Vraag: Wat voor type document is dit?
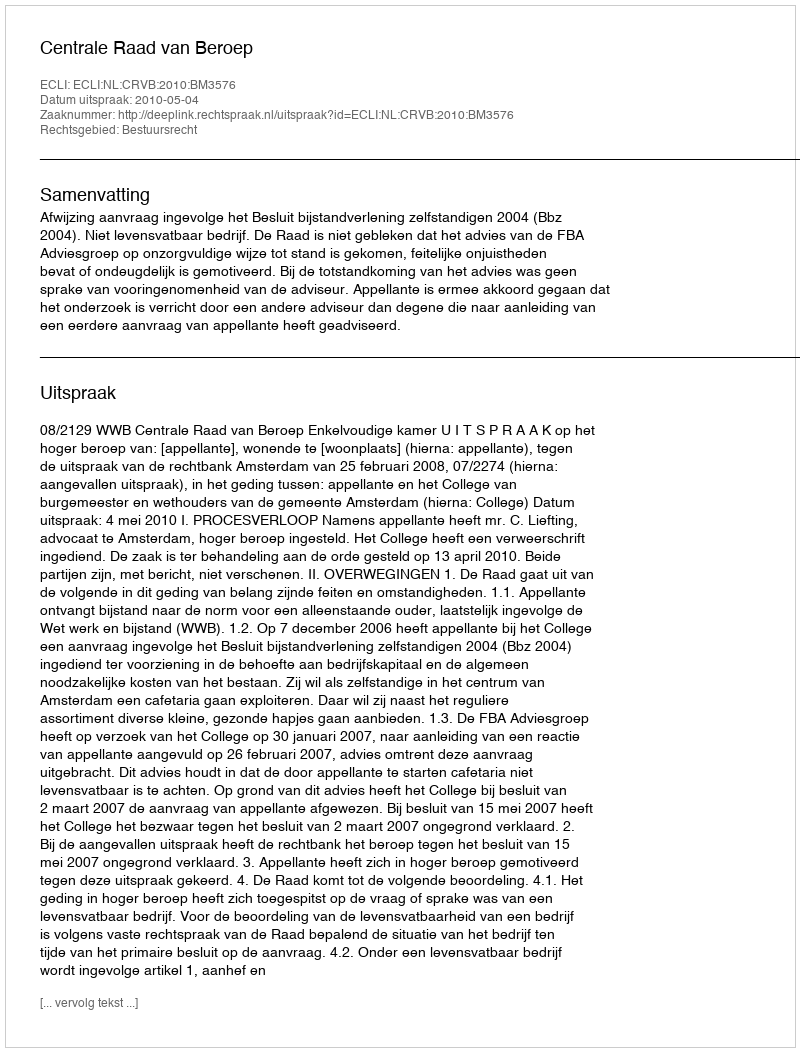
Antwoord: Uitspraak